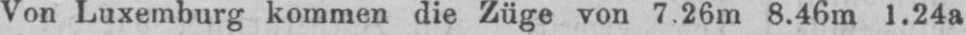
Von Luxemburg kommen die Züge von 7.26m 8.46m 1.24a